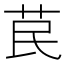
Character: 苠